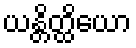
ယန္တိတ္ထိယော